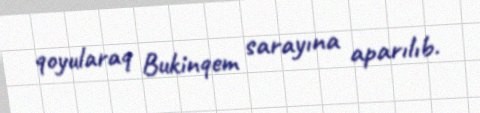
qoyularaq Bukinqem sarayına aparılıb.